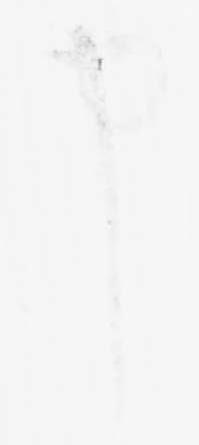
申